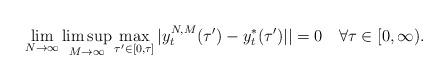
LaTeX: \begin{align*}\lim_{N\rightarrow\infty}\limsup_{M\rightarrow\infty }\max_{\tau'\in [0,\tau]}| y^{N,M}_{t} (\tau') - y_t^{*}(\tau') ||=0\ \ \ \forall \tau \in [0,\infty).\end{align*}